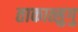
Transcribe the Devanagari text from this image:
ताकात्सुगु